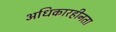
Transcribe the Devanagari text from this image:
अधिकारहीनता